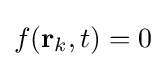
f(\mathbf {r} _{k},t)=0